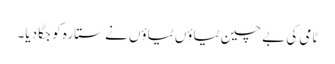
ٹامی کی بے چین ٹیاؤں ٹیاؤں نے ستارہ کو جگا دیا۔